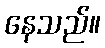
နေသည်။